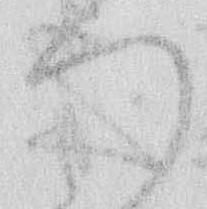
つ